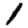
Digit: 1